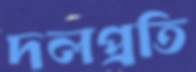
দলপ্রতি